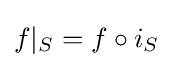
f|_{S}=f\circ i_{S}